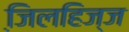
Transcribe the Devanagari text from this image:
जि़लहिज्ज